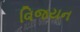
વિજયન